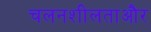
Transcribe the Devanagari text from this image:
चलनशीलताऔर